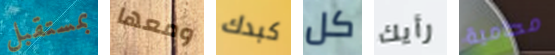
بمستقبل ومعها كبدك كل رأيك محامية